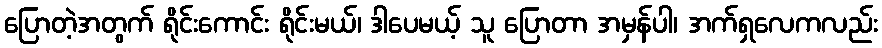
ပြောတဲ့အတွက် ရိုင်းကောင်း ရိုင်းမယ်၊ ဒါပေမယ့် သူ ပြောတာ အမှန်ပါ၊ အက်ရှလေကလည်း